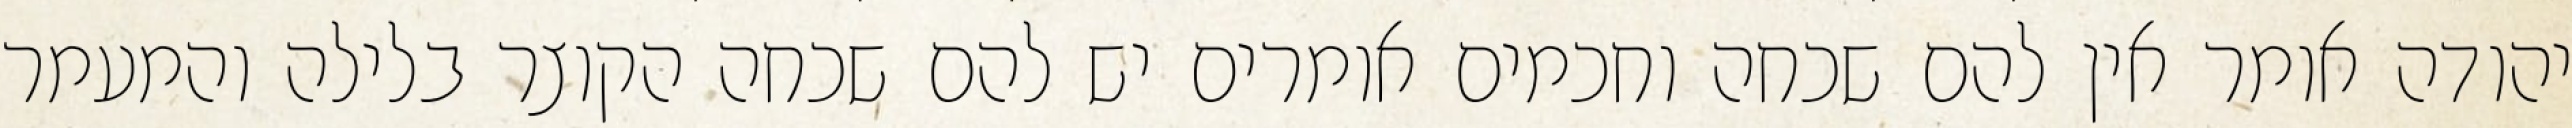
יהודה אומר אין להם שכחה וחכמים אומרים יש להם שכחה הקוצר בלילה והמעמר